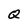
Character: Q